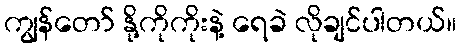
ကျွန်တော် နို့ကိုကိုးနဲ့ ရေခဲ လိုချင်ပါတယ်။